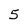
Character: 5